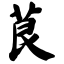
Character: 茛